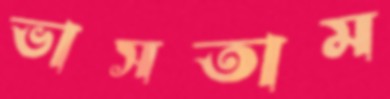
ভাসতাম